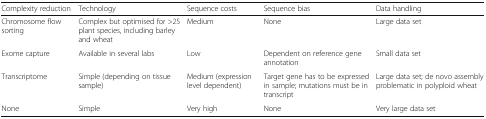
| Complexity reduction | Technology | Sequence costs | Sequence bias | Data handling |
 | --- | --- | --- | --- | --- |
 | Chromosome flow sorting | Complex but optimised for >25 plant species, including barley and wheat | Medium | None | Large data set |
 | Exome capture | Available in several labs | Low | Dependent on reference gene annotation | Small data set |
 | Transcriptome | Simple (depending on tissue sample) | Medium (expression level dependent) | Target gene has to be expressed in sample; mutations must be in transcript | Large data set; de novo assembly problematic in polyploid wheat |
 | None | Simple | Very high | None | Very large data set |